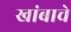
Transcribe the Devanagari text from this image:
खांबाचे